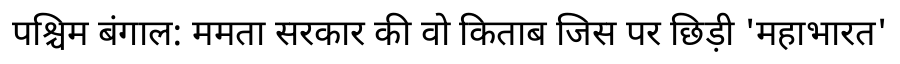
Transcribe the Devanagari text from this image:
पश्चिम बंगाल: ममता सरकार की वो किताब जिस पर छिड़ी 'महाभारत'